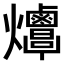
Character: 𤓠